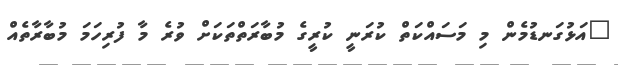
"އަޅުގަނޑުމެން މި މަސައްކަތް ކުރަނީ ކުރީގެ މުބާރަތްތަކަށް ވުރެ މާ ފުރިހަމަ މުބާރާތެއް